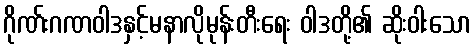
ဂိုဏ်းဂဏဝါဒနှင့်မနာလိုမုန်းတီးရေး ဝါဒတို့၏ ဆိုးဝါးသော